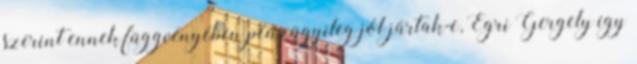
szerint ennek függvényében pénzügyileg jól jártak-e, Egri Gergely így